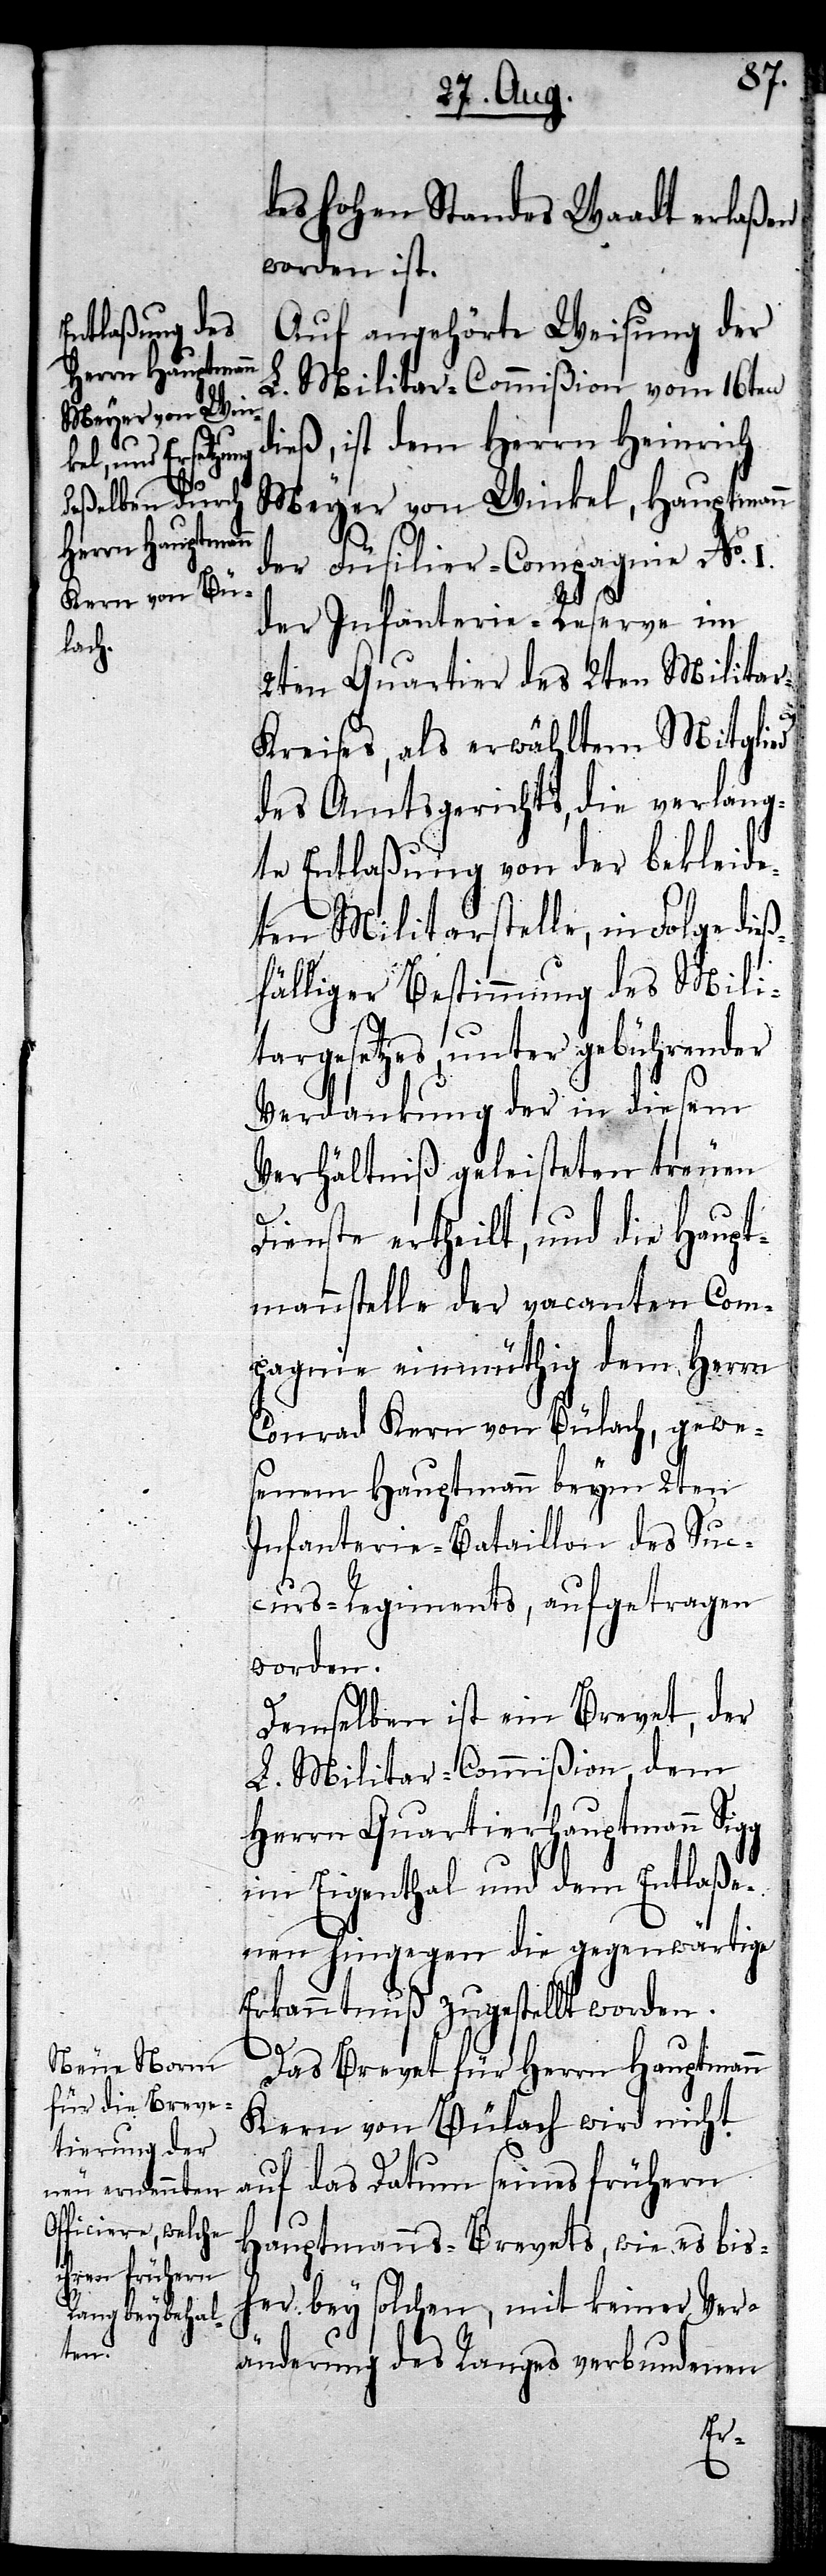
des hohen Standes Waadt erlaßen
worden ist.
Auf angehörte Weisung der
L. Militar-Commißion vom 16ten
dieß, ist dem Herrn Heinrich
Meyer von Winkel, Hauptmann
der Füsilier-Compagnie No.
I.
der Infanterie-Reserve im
2ten Quartier des 2ten Militar-K¬
reises, als erwähltem Mitglied
des Amtsgerichts, die verlang¬
te Entlaßung von der bekleide¬
ten Militarstelle, in Folge die¬
ßfälliger Bestimmung des Mili¬
targesetzes, unter gebührender
Verdankung der in diesem
Verhältniß geleisteten treuen
Dienste ertheilt, und die Haupt¬
mannstelle der vacanten Com¬
pagnie einmüthig dem Herrn
Conrad Kern von Bülach, gewe¬
senem Hauptmann beym 2ten
Infanterie-Bataillon des Suc¬
curs-Regiments, aufgetragen
worden.
Demselben ist ein Brevet, der
L. Militar-Commißion, dem
Herrn Quartierhauptmann Sigg
im Eigenthal und dem Entlaße¬
nen hingegen die gegenwärtige
Erkanntnuß zugestellt worden.
Das Brevet für Herrn Hauptmann
Kern von Bülach wird nicht
auf das Datum seines frühern
Hauptmanns-Brevets, wie es bis¬
her bey solchen, mit keiner Ver¬
änderung des Ranges verbundenen